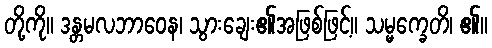
တို့ကို။ ဒန္တမလဘာဝေန၊ သွားချေး၏အဖြစ်ဖြင့်။ သမ္မက္ခေတိ၊ ၏။